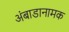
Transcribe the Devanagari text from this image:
अंबाडानामक